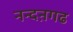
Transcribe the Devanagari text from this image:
नन्दऩगढ